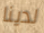
لدينا